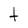
Character: t